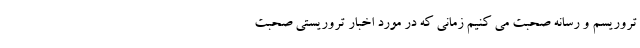
تروریسم و رسانه صحبت می کنیم زمانی که در مورد اخبار تروریستی صحبت